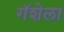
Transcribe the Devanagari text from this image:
गॅशेला